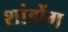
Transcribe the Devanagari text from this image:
शांडोंग